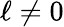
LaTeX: \ell\neq 0